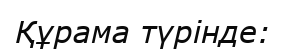
Құрама түрінде: